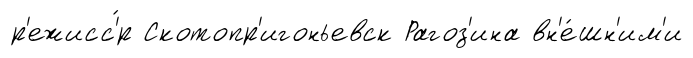
р'ежисс'́р Скотопр'игоньевск Рагоз'ина вн'е́шн'им'и